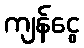
ကျန်ငွေ